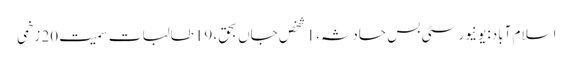
اسلام آباد: یونیورسٹی بس حادثہ، 1 شخص جاں بحق، 19طالبات سمیت20 زخمی